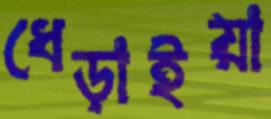
ধেড়াইয়া